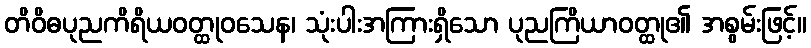
တိဝိဓပုညကိရိယဝတ္ထုဝသေန၊ သုံးပါးအကြားရှိသော ပုညကြိယာဝတ္ထု၏ အစွမ်းဖြင့်။